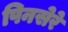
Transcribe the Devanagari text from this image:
पिनसेरे